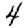
Digit: 4